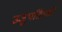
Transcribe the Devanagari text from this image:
उजुपतिपन्नो